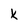
Character: k